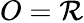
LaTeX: O=\mathcal{R}